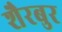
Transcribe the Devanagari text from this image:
शैरबुर